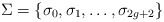
\begin{align*}\Sigma=\{\sigma_0, \sigma_1, \dots, \sigma_{2g+2}\}\end{align*}